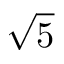
\sqrt { 5 }